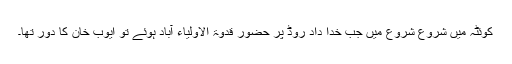
کوئٹہ میں شروع شروع میں جب خدا داد روڈ پر حضور قدوۃ الاولیاء آباد ہوئے تو ایوب خان کا دور تھا۔